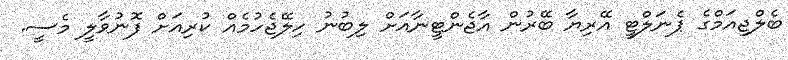
ބެލްޖިއަމްގެ ޕެނަލްޓީ އޭރިޔާ ބޭރުން އާޖެންޓީނާއަށް ލިބުނު ހިލޭޖެހުމެއް ކުރިއަށް ފޮނުވާލީ މެސީ.